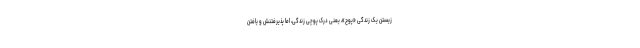
زیستنِ یک زندگیِ «پوچ»، یعنی درک پوچی زندگی، اما پذیرفتنش و یافتن